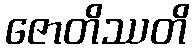
ဇောတိဿတိ